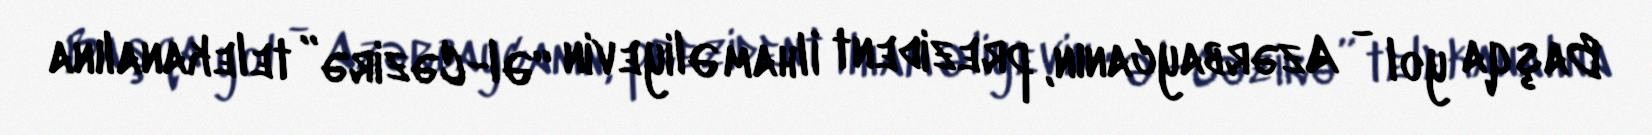
Başqa yol - Azərbaycanın, prezident İlham Əliyevin “Əl-Cəzirə” telekanalına